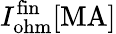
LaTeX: I_{\mathrm{ohm}}^{\mathrm{fin}}\mathrm{[MA]}